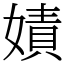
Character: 嫧